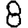
Digit: 8